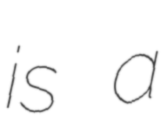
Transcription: is a